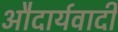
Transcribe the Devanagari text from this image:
औदार्यवादी